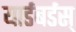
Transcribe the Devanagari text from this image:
यार्डबर्डस्